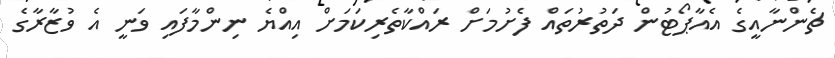
ޗެންނާއީގެ އެއާޕޯޓުން ދަތުރުތައް ފެށުމަށް ރައްކާތެރިކަމަށް އިއްޔެ ނިންމާފައި ވަނީ އެ ވުޒާރާގެ